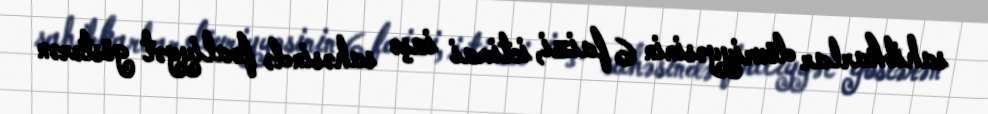
sahibkarlar dövriyyəsinin 6 faizi, ictimai iaşə sahəsində fəaliyyət göstərən